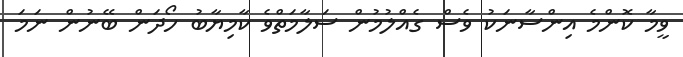
ވީމާ ކޮންމެ އިންސާނަކު ވެސް ގެއްލުމުން ސަލާމަތްވެ ކާމިޔާބު ހޯދަން ބޭނުން ނަމަ